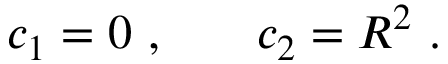
\begin{array} { r l r } { c _ { 1 } = 0 ~ , } & { { } } & { c _ { 2 } = R ^ { 2 } ~ . } \end{array}